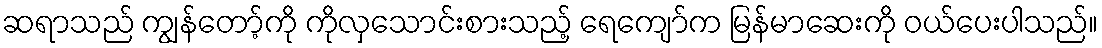
ဆရာသည် ကျွန်တော့်ကို ကိုလှသောင်းစားသည့် ရေကျော်က မြန်မာဆေးကို ဝယ်ပေးပါသည်။